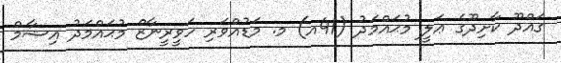
ގައްދޫ ކާށިދޫގެ ޢަލީ މުޙައްމަދު (41އ) މ. މަޑުއްވަރި ހަވީރީނާޒް މުޙައްމަދު އިޝާމް